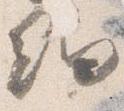
細